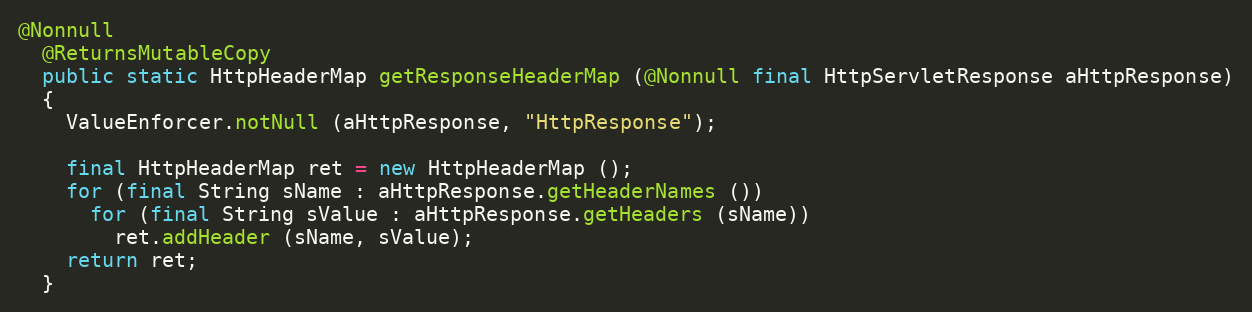
Language: Java
@Nonnull
  @ReturnsMutableCopy
  public static HttpHeaderMap getResponseHeaderMap (@Nonnull final HttpServletResponse aHttpResponse)
  {
    ValueEnforcer.notNull (aHttpResponse, "HttpResponse");

    final HttpHeaderMap ret = new HttpHeaderMap ();
    for (final String sName : aHttpResponse.getHeaderNames ())
      for (final String sValue : aHttpResponse.getHeaders (sName))
        ret.addHeader (sName, sValue);
    return ret;
  }